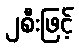
၂စီးဖြင့်